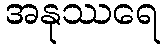
အနုဿရေ